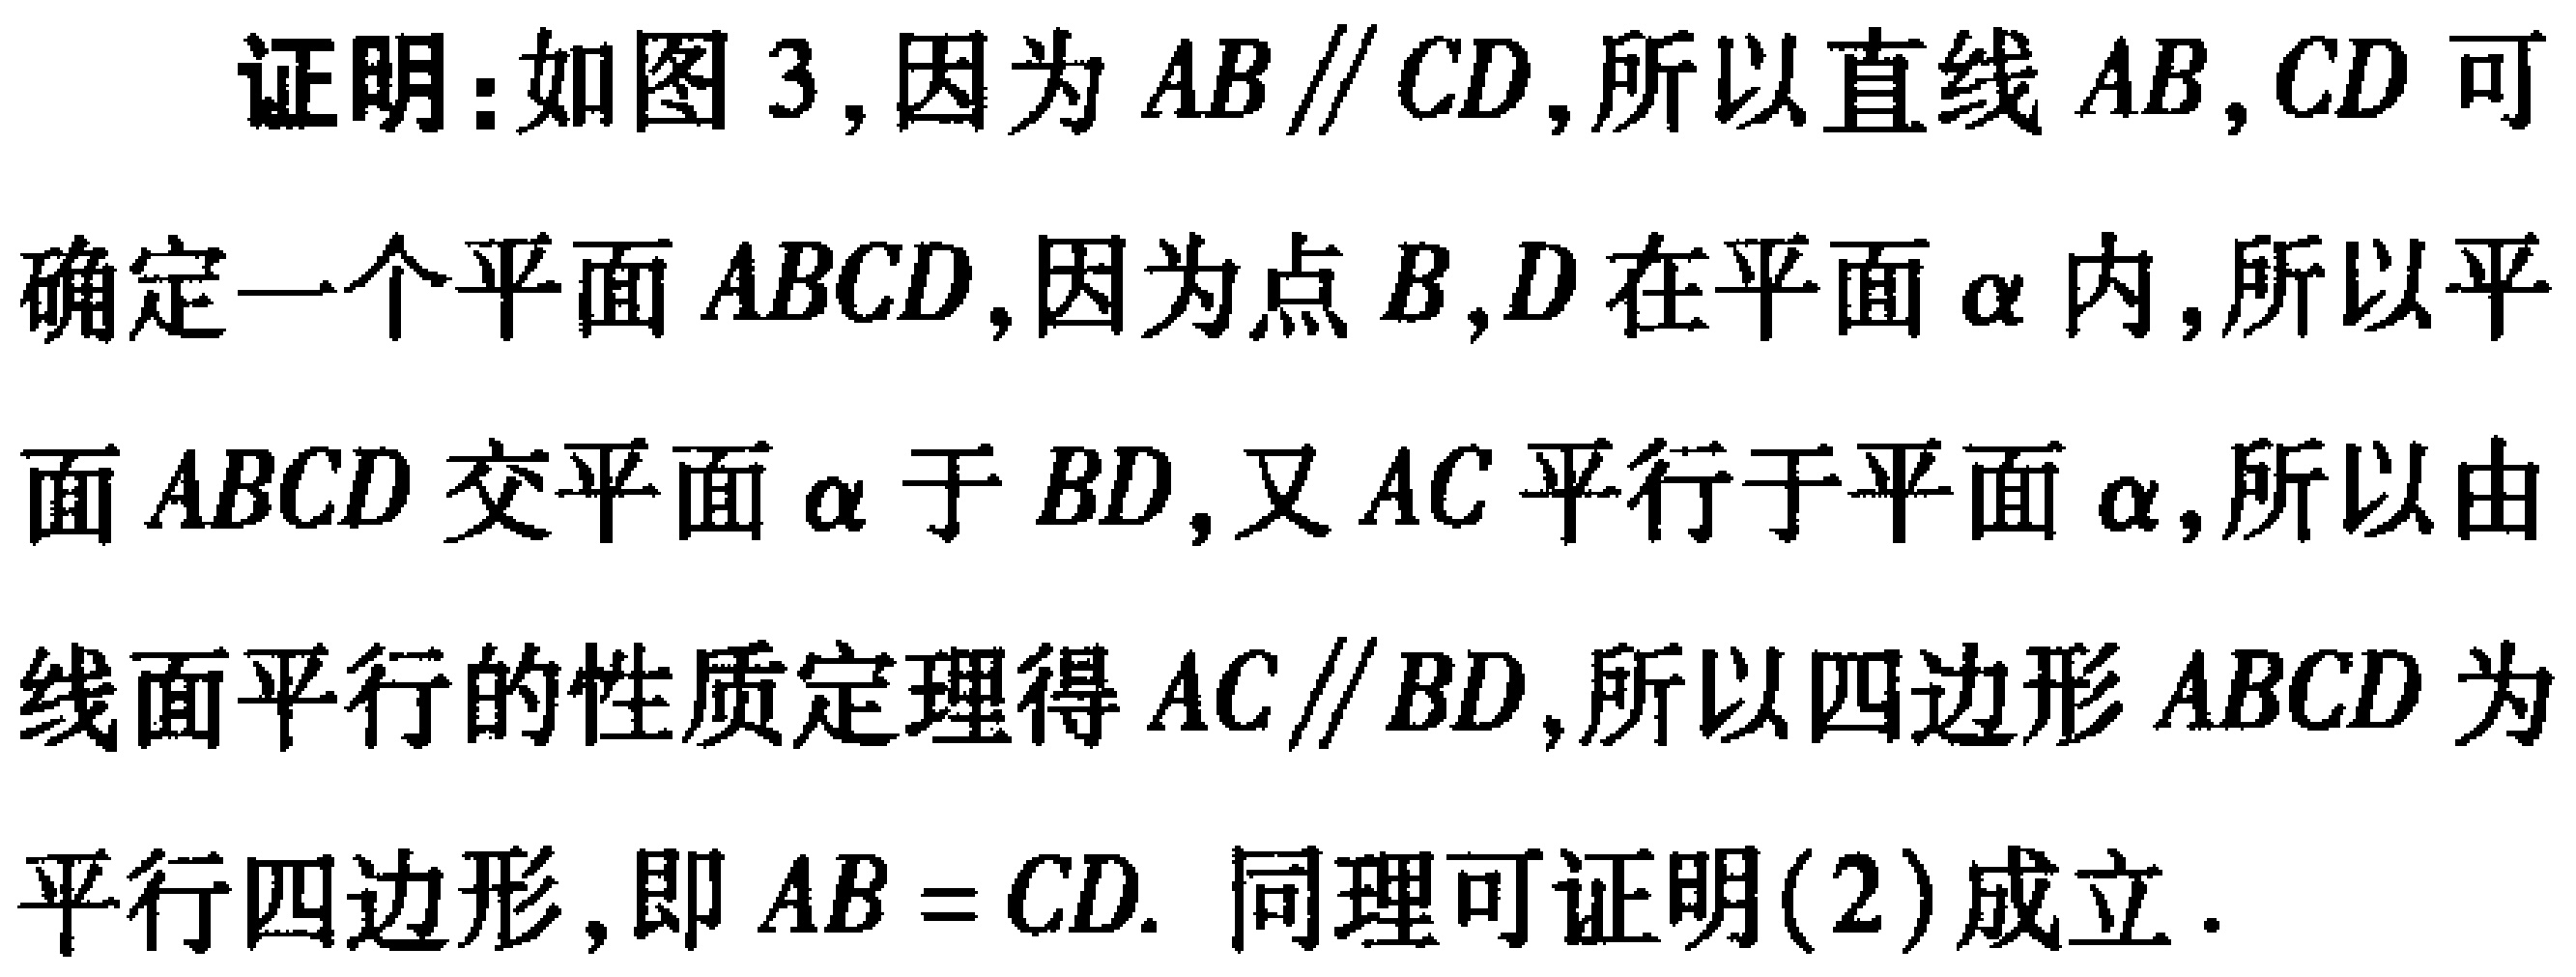
证明：如图3，因为\(AB\parallel CD\)，所以直线\(AB,CD\)可确定一个平面\(ABCD\)，因为点\(B,D\)在平面\(\alpha\)内，所以平面\(ABCD\)交平面\(\alpha\)于\(BD\)，又\(AC\)平行于平面\(\alpha\)，所以由线面平行的性质定理得\(AC\parallel BD\)，所以四边形\(ABCD\)为平行四边形，即\(AB = CD\). 同理可证明(2)成立.